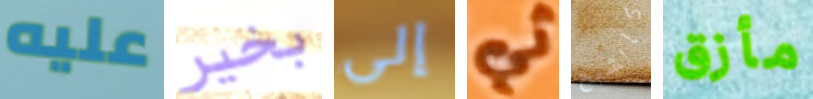
عليه بخير إلى ثي كالشبح مأزق